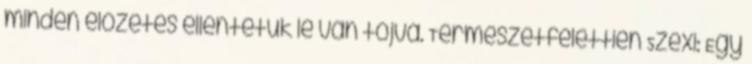
minden előzetes ellentétük le van tojva. Természetfelettien Szexi: Egy